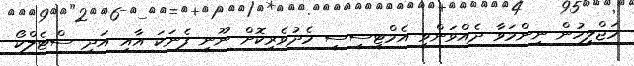
މަޖްލީހުން ނިންމަވާ ދެއްވަންވީ އެމްޓީސީސީ މެދުވެރިކޮށް ނޫނީ ފެނަކަ އާއި އަދި ސްޓެލްކޯ